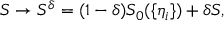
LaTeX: S \to S ^ { \delta } = ( 1 - \delta ) S _ { 0 } ( \{ \eta _ { i } \} ) + \delta S ,